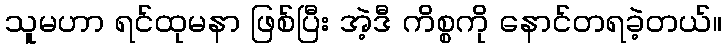
သူမဟာ ရင်ထုမနာ ဖြစ်ပြီး အဲ့ဒီ ကိစ္စကို နောင်တရခဲ့တယ်။